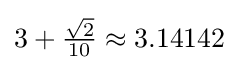
{\textstyle 3+{\frac {\sqrt {2}}{10}}\approx 3.14142}